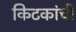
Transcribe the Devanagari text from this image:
किटकांची